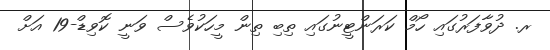
ރ. ދުވާފަރުގައި ހޯމް ކަރަންޓީނުގައި ތިބި ތިން މީހަކުވެސް ވަނީ ކޮވިޑް-19 އަށް